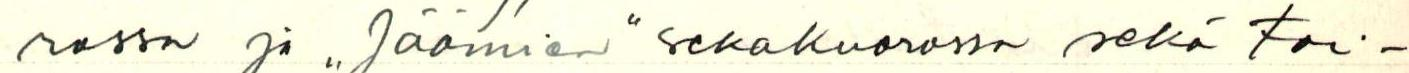
rossa ja ,,Jäämien" sekakuorossa sekä toi-